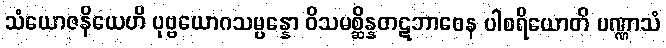
သံယောဇနိယေဟိ ပုဗ္ဗယောဂသမ္ပန္နော ဝိသမစ္ဆိန္နတဋဘာဝေန ပါစရိယောတိ ပဏ္ဏာသံ